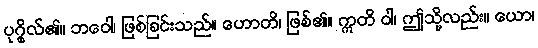
ပုဂ္ဂိုလ်၏။ ဘဝေါ၊ ဖြစ်ခြင်းသည်။ ဟောတိ၊ ဖြစ်၏။ ဣတိ ဝါ၊ ဤသို့လည်း။ ယော၊